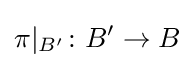
\pi |_{B'}\colon B'\to B